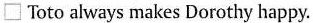
\Box Toto always makes Dorothy happy.